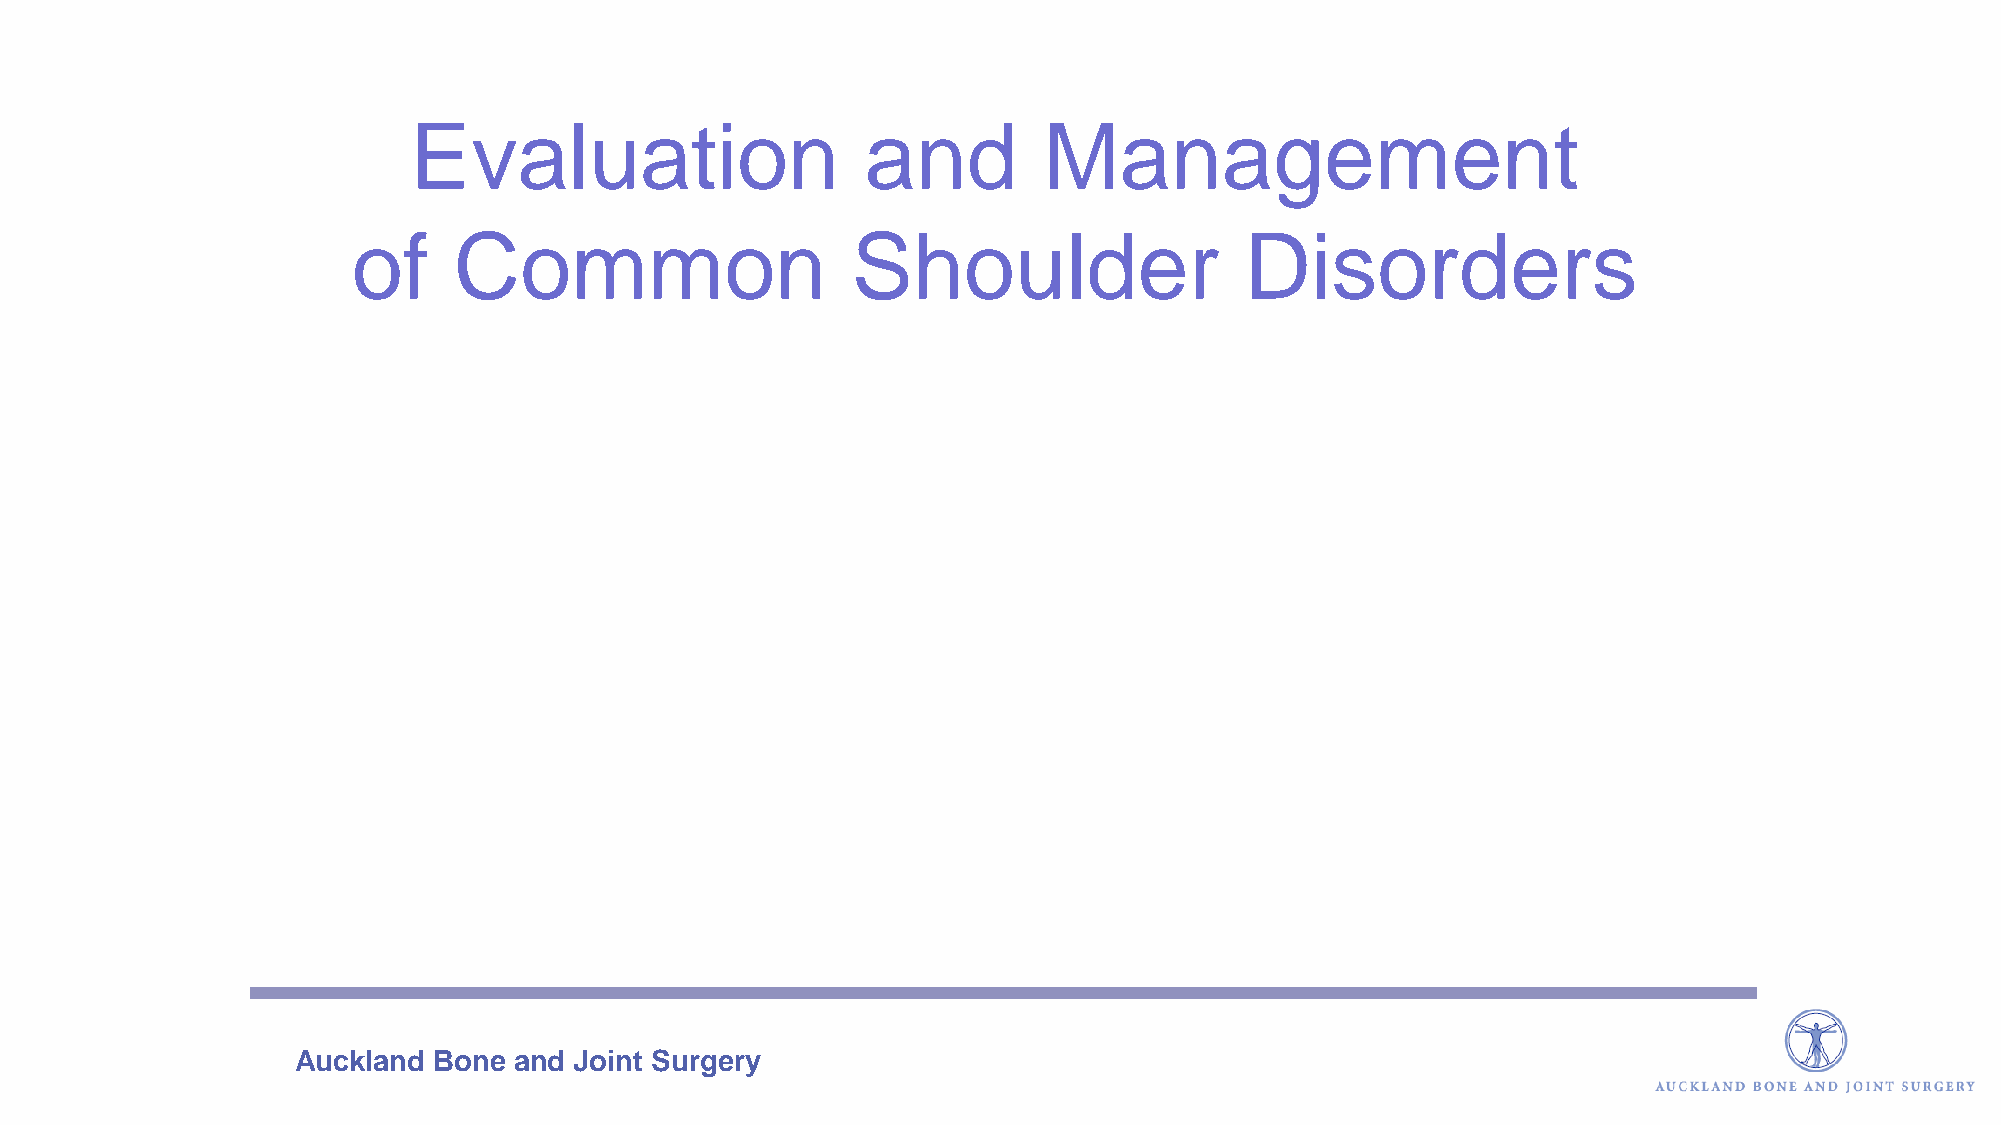
Evaluation                    and         Management
 of     Common                    Shoulder                  Disorders
 Auckland  Bone and Joint Surgery